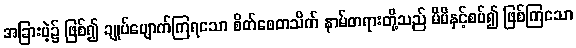
အခြားမဲ့၌ ဖြစ်၍ ချုပ်ပျောက်ကြရသော စိတ်စေတသိက် နာမ်တရားတို့သည် မိမိနှင့်စပ်၍ ဖြစ်ကြသော